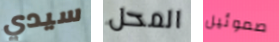
سيدي المحل صموئيل